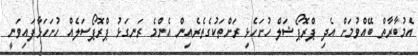
އެމުބާރާތް ބޭއްވުމަށް އެދި ޕްރޮޕޯޝަލް ހުށަހެޅި ރަށްތަކުގެތެރެއިން އެންމެ ރަނގަޅު ޕްރޮޕޯސަލެއް ހުށަހަޅާފައިވަނީ